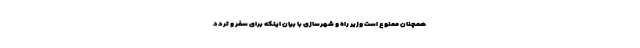
همچنان ممنوع است وزیر راه و شهرسازی با بیان اینکه برای سفر و تردد